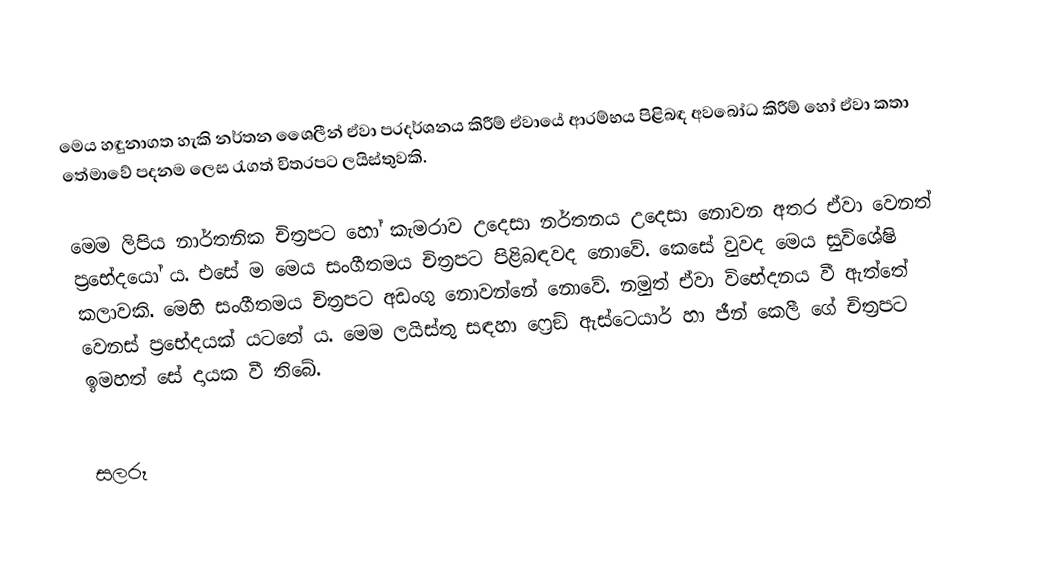
මෙය හඳුනාගත හැකි නර්තන ශෛලීන් ඒවා ප‍්‍රදර්ශනය කිරීම් ඒවායේ ආරම්භය පිළිබඳ අවබෝධ කිරීම් හෝ ඒවා කතා තේමාවේ පදනම ලෙස රැගත් චිත‍්‍රපට ලයිස්තුවකි.

මෙම ලිපිය නාර්තනික චිත‍්‍රපට හෝ කැමරාව උදෙසා නර්තනය උදෙසා නොවන අතර ඒවා වෙනත් ප‍්‍රභේදයෝ ය. එසේ ම මෙය සංගීතමය චිත‍්‍රපට පිළිබඳවද නොවේ. කෙසේ වුවද මෙය සුවිශේෂි කලාවකි. මෙහි සංගීතමය චිත‍්‍රපට අඩංගු නොවන්නේ නොවේ. නමුත් ඒවා විභේදනය වී ඇත්තේ වෙනස් ප‍්‍රභේදයක් යටතේ ය. මෙම ලයිස්තු සඳහා ෆ්‍රෙඞ් ඇස්ටෙයාර් හා ජීන් කෙලී ගේ චිත‍්‍රපට ඉමහත් සේ දායක වී තිබේ.

සලරූ